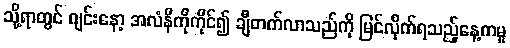
သို့ရာတွင် ဂျင်းနော့ အလံနီကိုကိုင်၍ ချီတက်လာသည်ကို မြင်လိုက်ရသည့်နေ့ကမူ